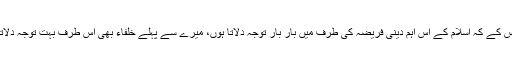
باوجود اس کے کہ اسلام کے اس اہم دینی فریضہ کی طرف مَیں بار بار توجہ دلاتا ہوں، میرے سے پہلے خلفاء بھی اس طرف بہت توجہ دلاتے رہے۔